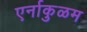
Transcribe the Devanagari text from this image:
एर्नाकुळम